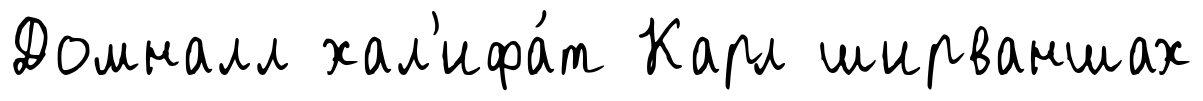
Домналл хал'ифа́т Карл ширваншах